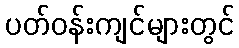
ပတ်ဝန်းကျင်များတွင်